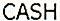
CASH